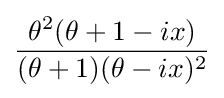
{\frac {\theta ^{2}(\theta +1-ix)}{(\theta +1)(\theta -ix)^{2}}}